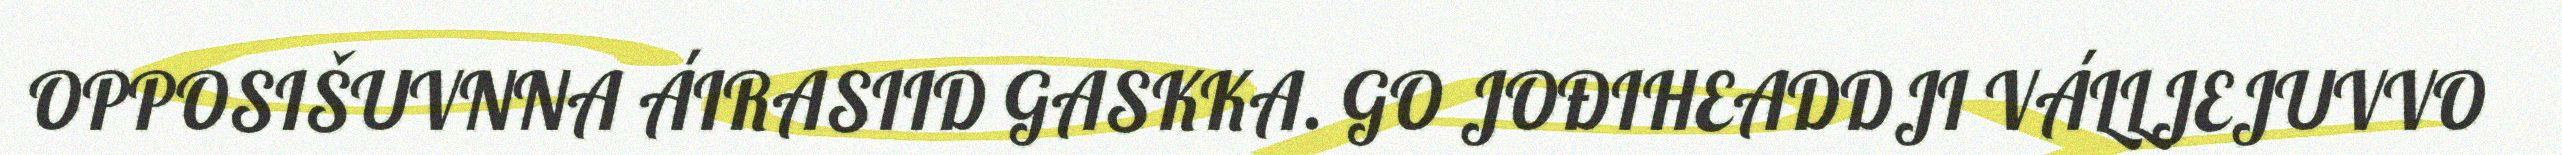
OPPOSIŠUVNNA ÁIRASIID GASKKA. GO JOĐIHEADDJI VÁLLJEJUVVO